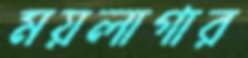
ময়লাগার